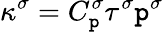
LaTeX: \kappa^{\sigma}=C_{\mathtt{p}}^{\sigma}\tau^{\sigma}\mathtt{p}^{\sigma}